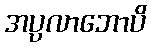
အပ္ပလာဘောပိ